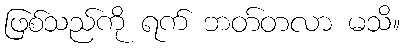
ဖြစ်သည်ကို ရက် ဘတ်တလာ မသိ။